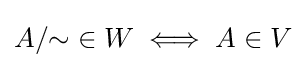
A/{\sim }\in W\iff A\in V